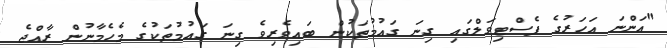
"އަންނަ އަހަރުގެ ފެސްޓިވަލްގައި ގިނަ ގައުމުތަކުން ބައިވެރިވެ ގިނަ ގައުމުތަކުގެ މެހެމާނުން ރާއްޖެ